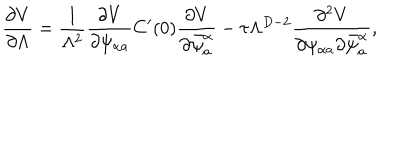
LaTeX: \frac { \partial V } { \partial \Lambda } = \frac { 1 } { \Lambda ^ { 2 } } \frac { \partial V } { \partial \psi _ { \alpha a } ^ { \phantom { a } } } C ^ { \prime } ( 0 ) \frac { \partial V } { \partial \bar { \psi } _ { a } ^ { \alpha } } - \tau \Lambda ^ { D - 2 } \frac { \partial ^ { 2 } V } { \partial \psi _ { \alpha a } ^ { \phantom { a } } \partial \bar { \psi } _ { a } ^ { \alpha } } ,